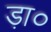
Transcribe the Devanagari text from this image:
ड़ा०